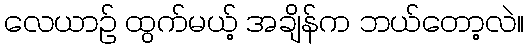
လေယာဉ် ထွက်မယ့် အချိန်က ဘယ်တော့လဲ။